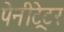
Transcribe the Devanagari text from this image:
पेनीट्रेटर